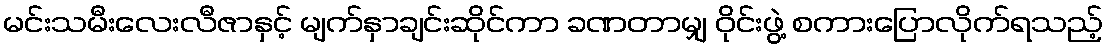
မင်းသမီးလေးလီဇာနှင့် မျက်နှာချင်းဆိုင်ကာ ခဏတာမျှ ဝိုင်းဖွဲ့ စကားပြောလိုက်ရသည့်